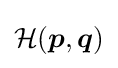
{\mathcal {H}}({\boldsymbol {p}},{\boldsymbol {q}})